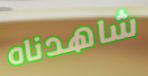
شاهدناه